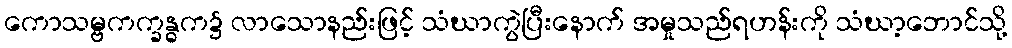
ကောသမ္ဗကက္ခန္ဓက၌ လာသောနည်းဖြင့် သံဃာကွဲပြီးနောက် အမှုသည်ရဟန်းကို သံဃာ့ဘောင်သို့